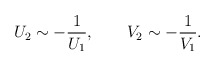
\begin{align*}U_2\sim -\frac{1}{U_1}, \qquad V_2\sim -\frac{1}{V_1}.\end{align*}